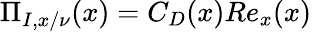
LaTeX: \Pi_{I,x/\nu}(x)=C_{D}(x)Re_{x}(x)